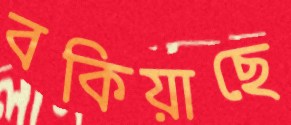
বকিয়াছে